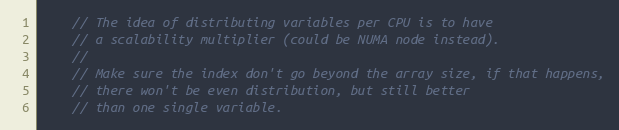
Language: C
    // The idea of distributing variables per CPU is to have
    // a scalability multiplier (could be NUMA node instead).
    //
    // Make sure the index don't go beyond the array size, if that happens,
    // there won't be even distribution, but still better
    // than one single variable.